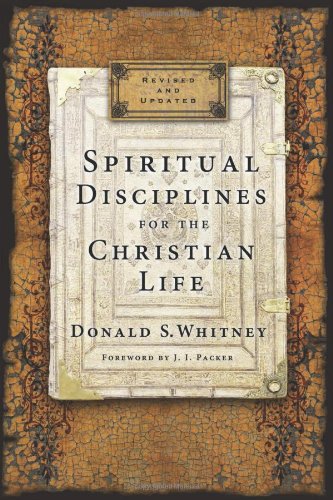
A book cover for Spiritual Disciplines for the Christian Life; Donald S. Whitney; Christian Books & Bibles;